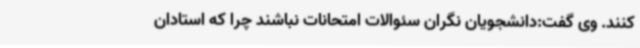
کنند. وی گفت:دانشجویان نگران سئوالات امتحانات نباشند چرا که استادان